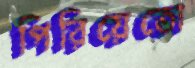
পিরিয়েতো